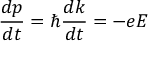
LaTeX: { \frac { d p } { d t } } = \hbar { \frac { d k } { d t } } = - e E